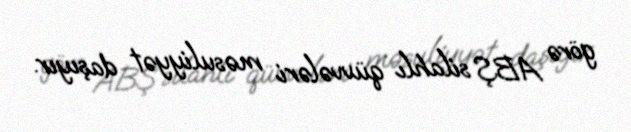
görə ABŞ silahlı qüvvələri məsuliyyət daşıyır.